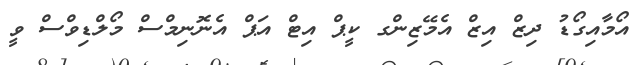
އޯމާއިގޯޑު ދިޒް އިޒް އެމޭޒިންގ ކީޕް އިޓް އަޕް އެނޮނިމްސް މޯލްޑިވްސް ވީ